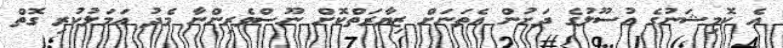
އެ ކޮމިޝަނުގެ އުސޫލުގެ ދަށުން އެތަނަށް ޒިޔާރަތްކޮށް ނޫސްވެރިންނާ މެދު އަމަލުކުރި ގޮތް